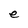
Character: e